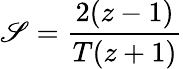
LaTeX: \mathscr{S}={\frac{{2(z-1)}}{{T(z+1)}}}